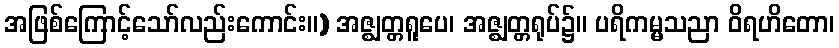
အဖြစ်ကြောင့်သော်လည်းကောင်း။) အဇ္ဈတ္တရူပေ၊ အဇ္ဈတ္တရုပ်၌။ ပရိကမ္မသညာ ဝိရဟိတော၊